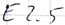
Text: E2.5